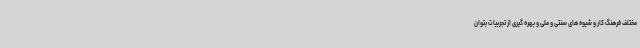
مختلف فرهنگ کار و شیوه های سنتی و ملی و بهره گیری از تجربیات بتوان